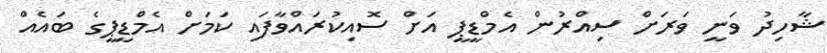
ޝާހިދު ވަނީ ވަރަށް ސިއްރުން އެމްޑީޕީ އަށް ސޮއިކުރައްވާފައި ކަމަށް އެމްޑީޕީގެ ބައެއް